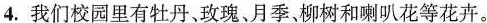
4.我们校园里有牡丹、玫瑰、月季、柳树和喇叭花等花卉。